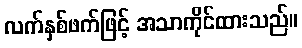
လက်နှစ်ဖက်ဖြင့် အသာကိုင်ထားသည်။